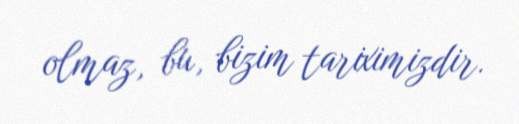
olmaz, bu, bizim tariximizdir.